65_HS1-834228961_62-HQ-83894_Section_4
Agency: FBI
Page 56
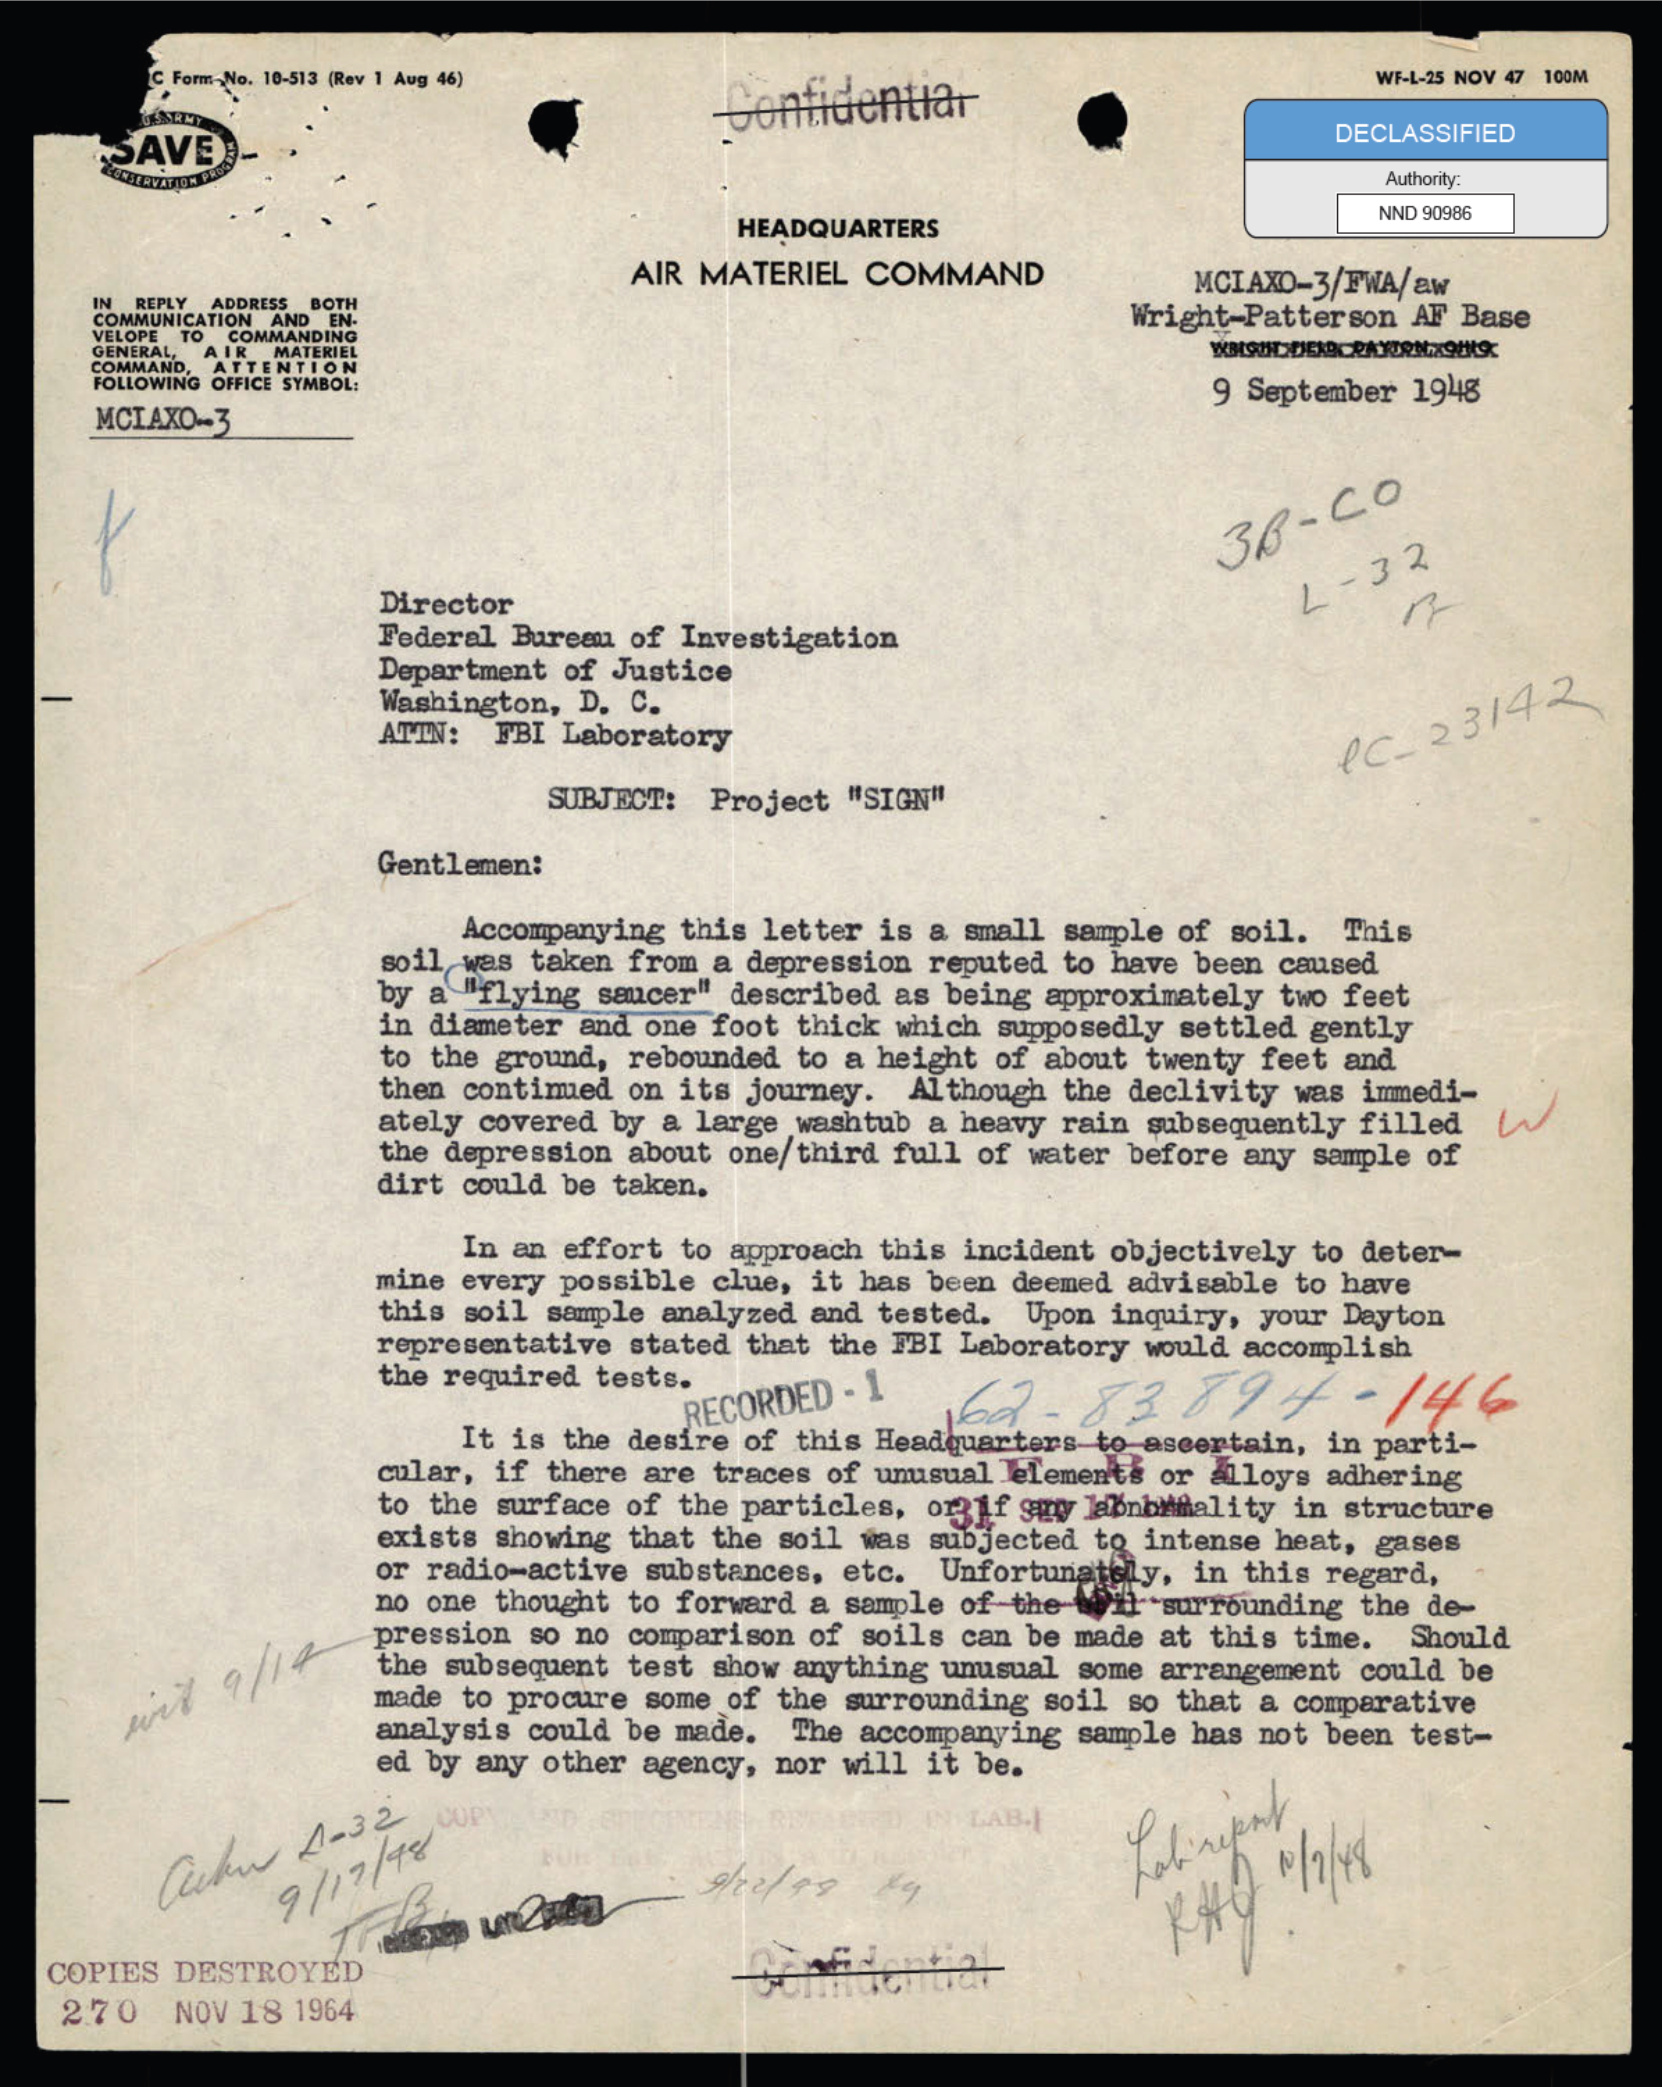